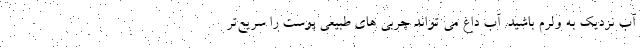
آب نزدیک به ولرم باشید. آب داغ می تواند چربی های طبیعی پوست را سریع‌تر